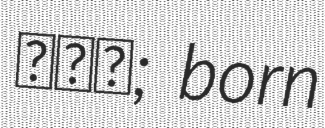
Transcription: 김우용; born